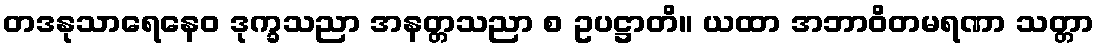
တဒနုသာရေနေဝ ဒုက္ခသညာ အနတ္တသညာ စ ဥပဋ္ဌာတိ။ ယထာ အဘာဝိတမရဏာ သတ္တာ